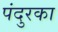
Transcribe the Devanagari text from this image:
पंदुरका